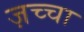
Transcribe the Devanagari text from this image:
ज़च्चा